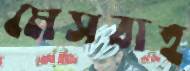
মেসবাহ